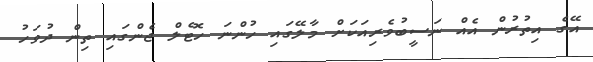
އޭގެ އިތުރުން އެއް ނަސީބުވެރިއަކަށް މާލޭގައި ހުންނަ ހޮޓެލް ޖެންގައި ތިން ދުވަހު